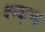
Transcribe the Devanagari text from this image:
क्ष्च्क्क्ष्क्ष्